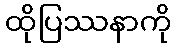
ထိုပြဿနာကို